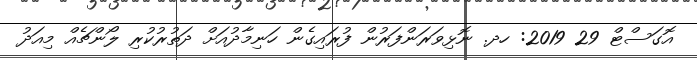
އޮގަސްޓް 29 2019: ހދ. ނޮޅިވަރަންފަރުން ފުރައިގެން ހަނިމާދުއަށް ދަތުރުކުރި ލޯންޗެއް މިއަދު